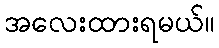
အလေးထားရမယ်။